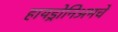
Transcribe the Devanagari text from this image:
हायड्रोनिअमचे